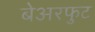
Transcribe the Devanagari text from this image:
बेअरफुट